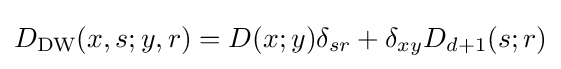
D_{\text{DW}}(x,s;y,r)=D(x;y)\delta _{sr}+\delta _{xy}D_{d+1}(s;r)